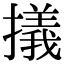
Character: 㩘